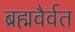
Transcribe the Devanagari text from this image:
ब्रह्मवैर्वत